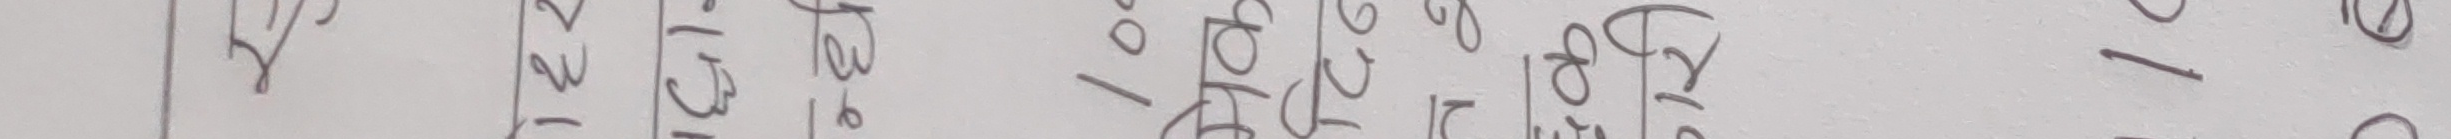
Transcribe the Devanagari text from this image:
२ १ ०० १० ० ४ ० १
४ ५ ३ १० २ १ ६ ३ ५
४ ३ ३ २१ १ ० २ ० १